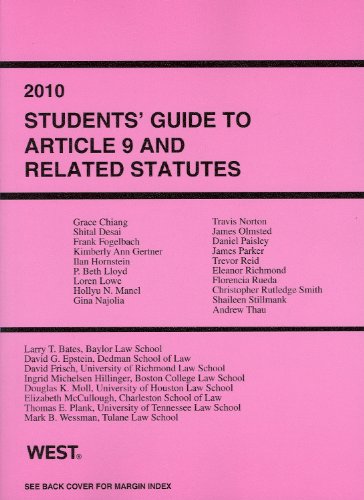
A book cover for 2010 Students' Guide to Article 9 and Related Statutes; David G. Epstein; Education & Teaching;